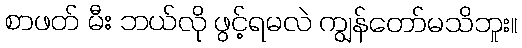
စာဖတ် မီး ဘယ်လို ဖွင့်ရမလဲ ကျွန်တော်မသိဘူး။